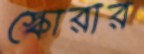
স্কোরার